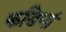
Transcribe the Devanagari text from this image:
कडियां